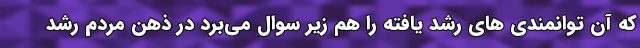
که آن توانمندی های رشد یافته را هم زیر سوال می‌برد در ذهن مردم رشد